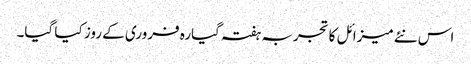
اس نئے میزائل کا تجربہ ہفتہ گیارہ فروری کے روز کیا گیا۔